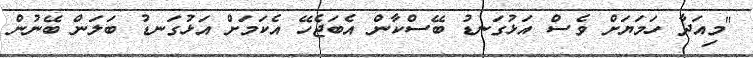
"މިއަދާ ހަމަޔަށް ވެސް އަޅުގަނޑު ބޭސްކާން އެބަޖެހޭ އެކަމަށް އަޅުގަނޑު ބަލަން ބޭނުން